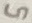
Text: 5